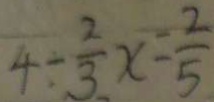
4 \div \frac { 2 } { 3 } x - \frac { 2 } { 5 }